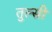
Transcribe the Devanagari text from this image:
तुल्सी